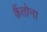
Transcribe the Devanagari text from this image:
कैंतोना